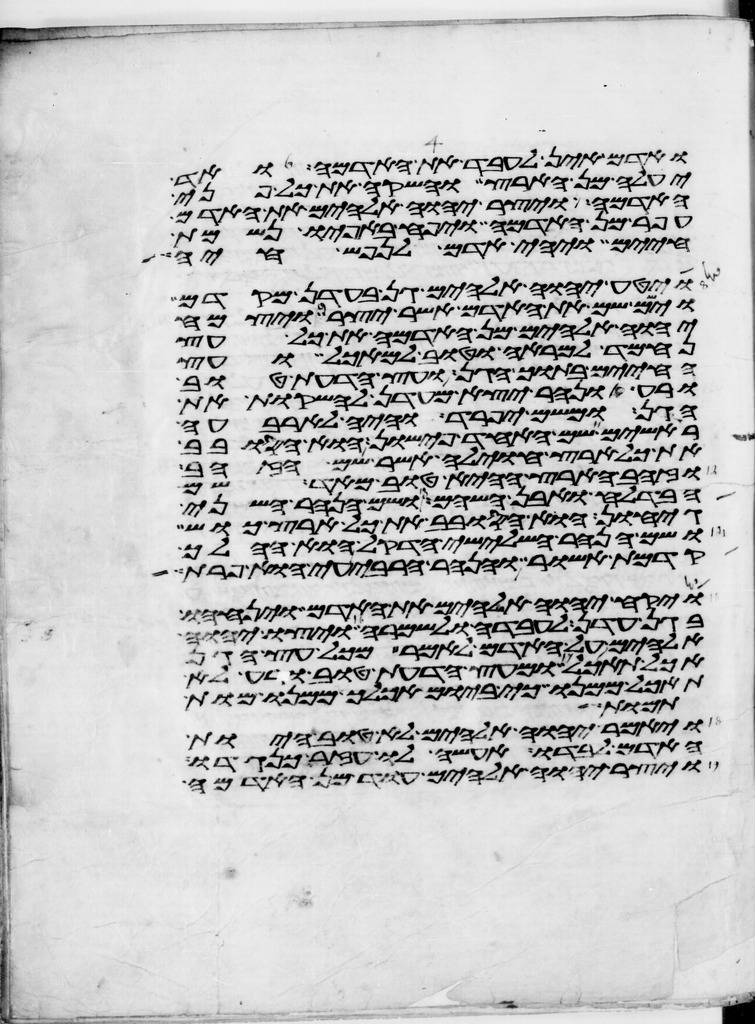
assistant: ואדם אין לעבד את האדמה ואד
יעלה מן הארץ והשקה את כל פני
האדמה ויצר יהוה אלהים את האדם
עפר מן האדמה ויפח באפיו נשמת
חיים ויהי אדם לנפש חיה
ויטע יהוה אלהים גן בעדן מקדם
וישם שם את האדם אשר יצר ויצמח
יהוה אלהים מן האדמה את כל עץ
נחמד למראה וטוב למאכל ועץ
החיים בתוך הגן ועץ הדעת טוב
ורע ונהר יצא מעדן להשקות את
הגן ומשם יפרד והיה לארבעה
ראשים שם האחד פישון הוא הסובב
את כל ארץ החוילה אשר שם הזהב
וזהב הארץ ההיא טוב מאד שם
הבדלח ואבן השהם ושם הנהר השני
גיחון הוא הסובב את כל ארץ כוש
ושם הנהר השלישי הדקל הוא ההלך
קדמת אשור והנהר הרביעי הוא פרת
ויקח יהוה אלהים את האדם ויניחהו
בגן עדן לעבדה ולשמרה ויצו יהוה
אלהים על האדם לאמר מכל עץ הגן
אכל תאכל ומעץ הדעת טוב ורע לא
תאכל ממנו כי ביום אכלך ממנו מות
תמות
ויאמר יהוה אלהים לא טוב היות
האדם לבדו אעשה לו עזר כנגדו
ויצר יהוה אלהים עוד מן האדמה